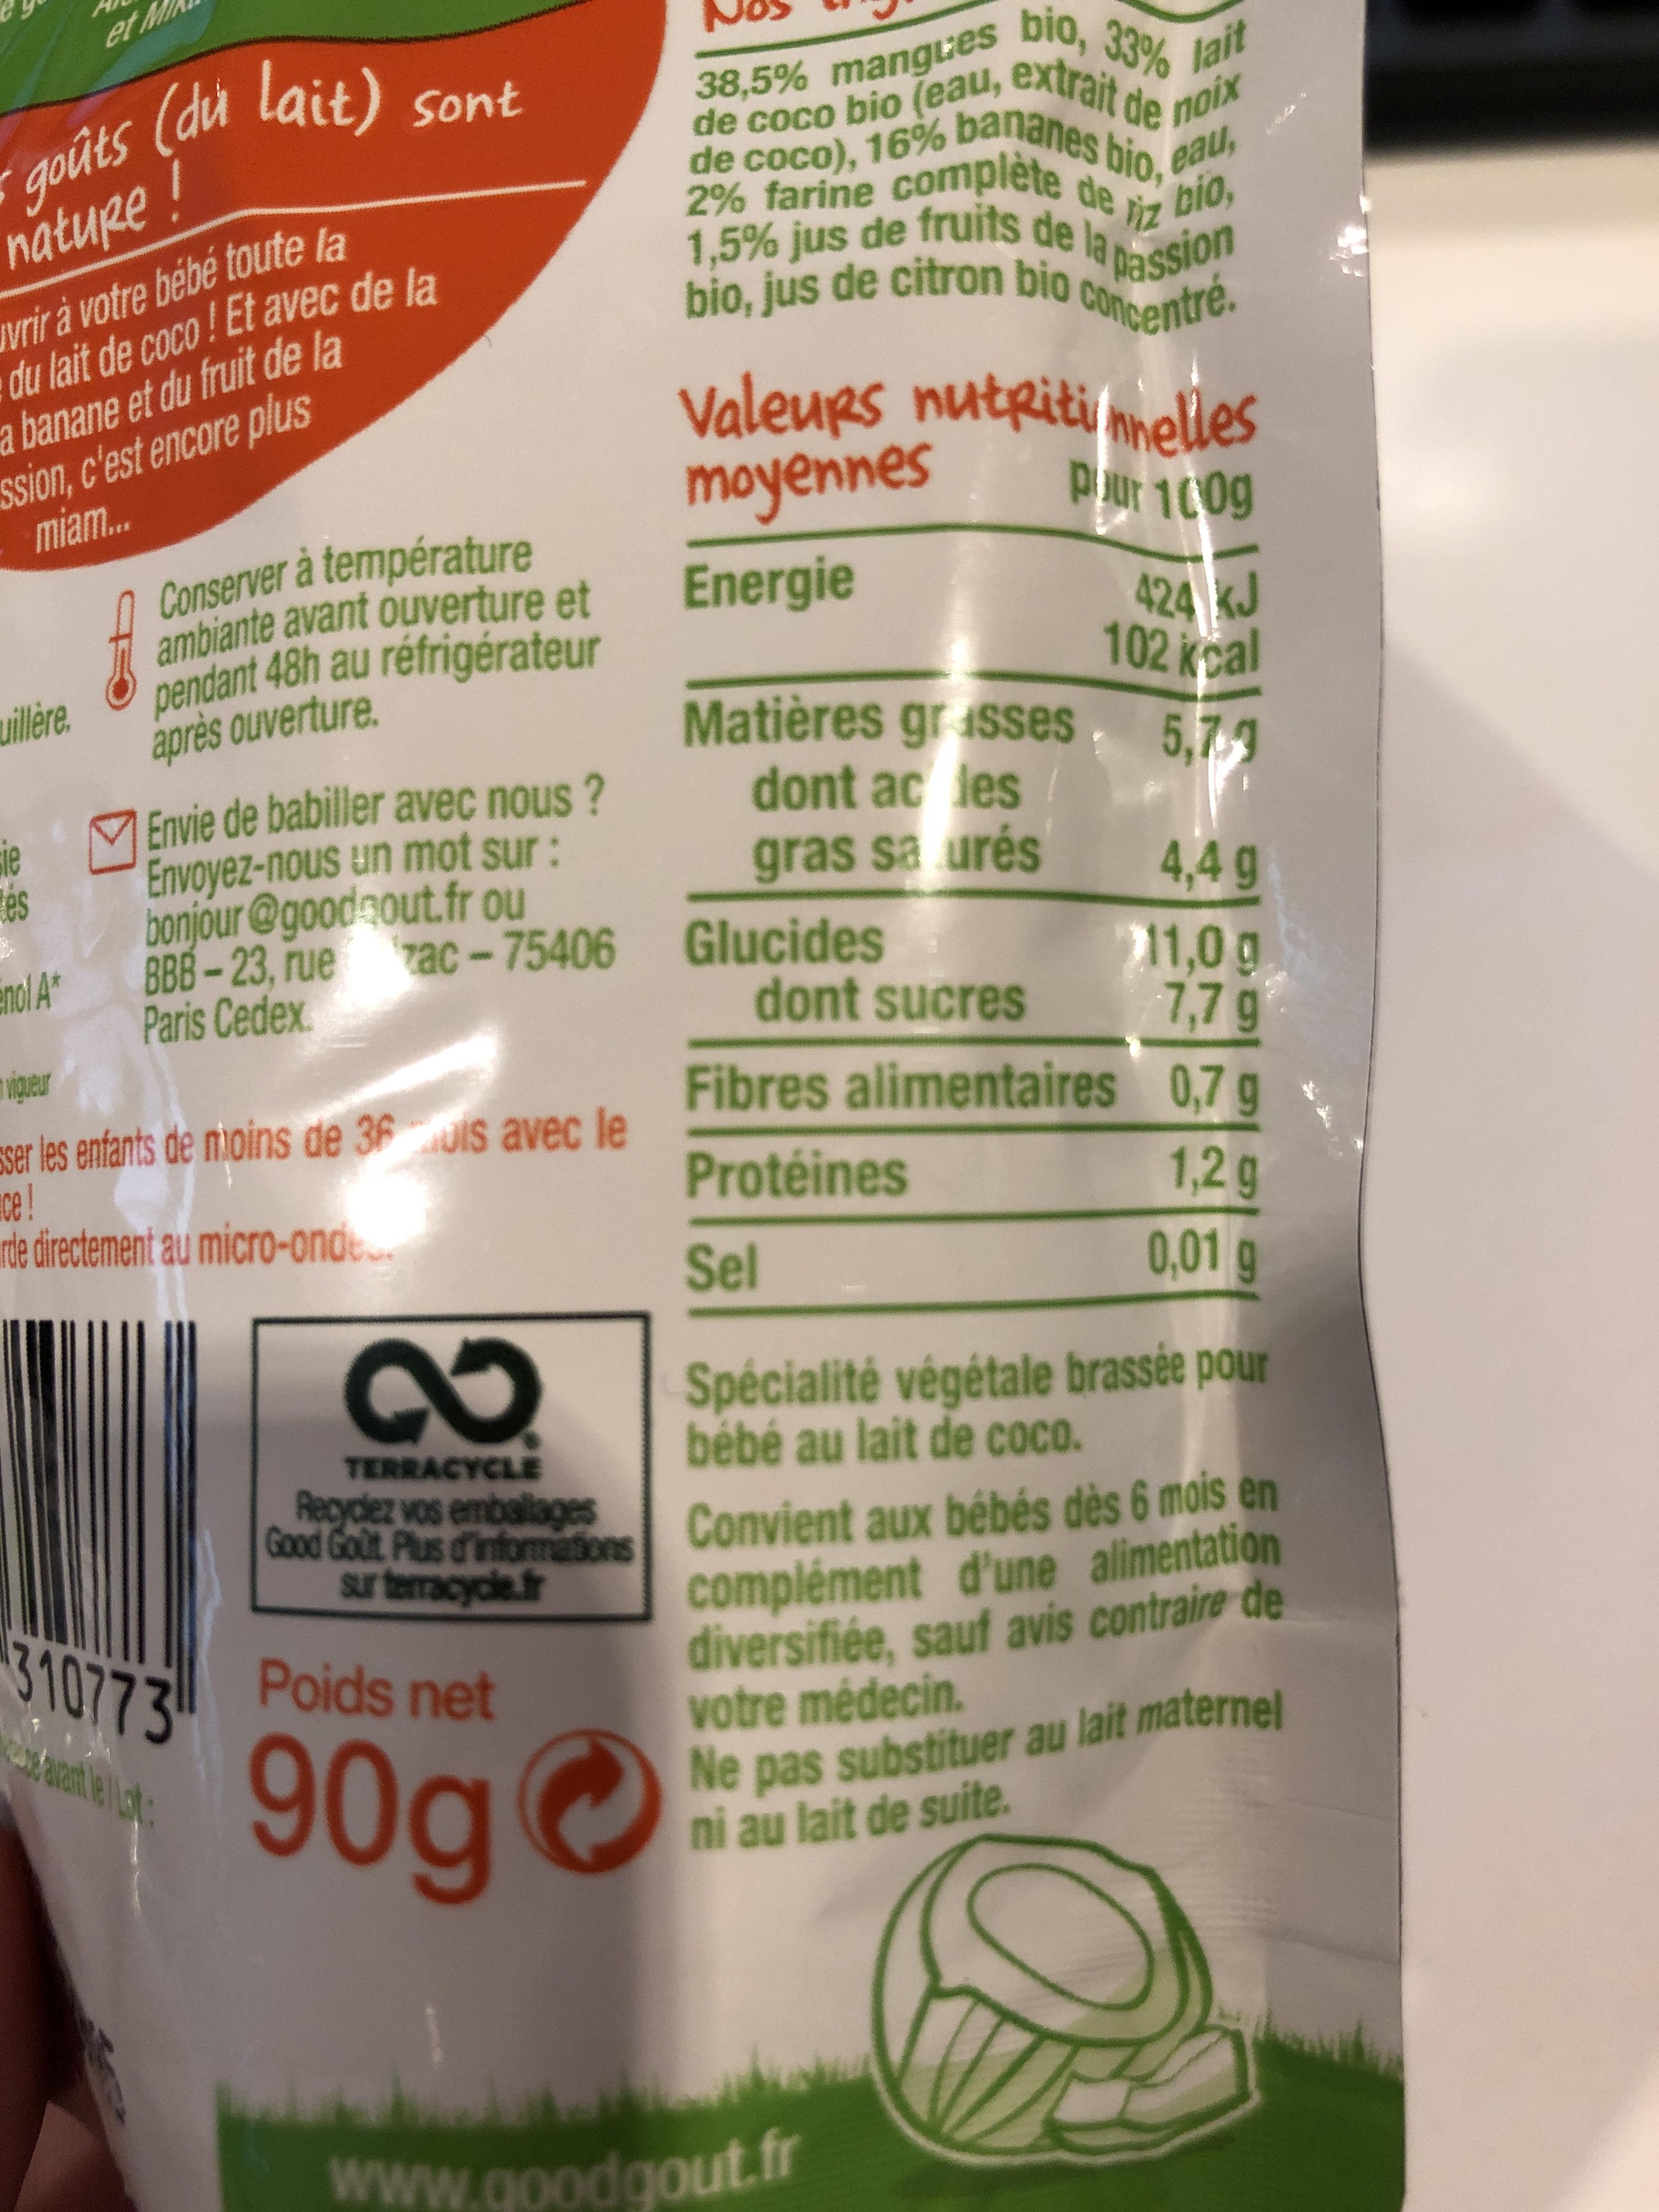
et M 38,5% mangues bIo, 33% tait de coco bio (eau, extrait de nax de coco), 16% bananes bio.eau, 2% farine complete de d io, gouts (du lait) sont nature! vrir à votre bebe toute la du lait de coco! Et avec de la a banane et du fruit de la Ssion, c'est encore plus 1,5% jus de fruits de laassion bio, jus de citron bio Concentre ValeuRs nutgiti mhelles moyennes Energie miam.. P ut 1009 Conserver à température ambiante avant ouverture et pendant 48h au réfrigérateur apres ouverture 424 J Matières gr sses 5,7. 102kcal uillere. cie Envie de babiller avec nous? es anol A wipeur Sser les enfants de nioins de 36 is avec le dont ac les gras sa urés Envoyez-nous un mot sur: bonjour@goodcout.fr ou BBB-23, rue ac-75406 Paris Cedex 4,4g Glucides 211,0 g 7,7 g Fibres alimentaires 0,7 g dont sucres ce! rte directement au micro-ond Proteines Sel 1,2 g 0,01g Spécialité végétale brassée pour bébé au lait de coco. TERRACYCLE Recyclez vos emballages CoOd Gout Plus &informiaions Convient aux bébés dès 6 mois en complément d'une alimentation diversifiée, sauf avis contraire de Sur terracycle.fr 310773 Poids net votre médecin. 90g Ne pas substituer au lait maternel ni au lait de suite. Thane www.goodgout.fr